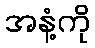
အနံ့ကို